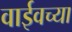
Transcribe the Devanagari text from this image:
वाईवच्या